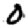
Digit: 0